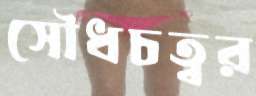
সৌধচত্বর